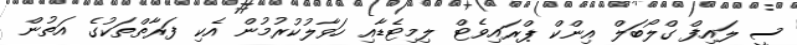
ސީ ލައިފް ގްލޯބަލް އިންކް ޕްރައިވެޓް ލިމިޓެޑާއި ހަވާލުކުރުމުން އެކި ފަރާތްތަކުގެ އަތުން